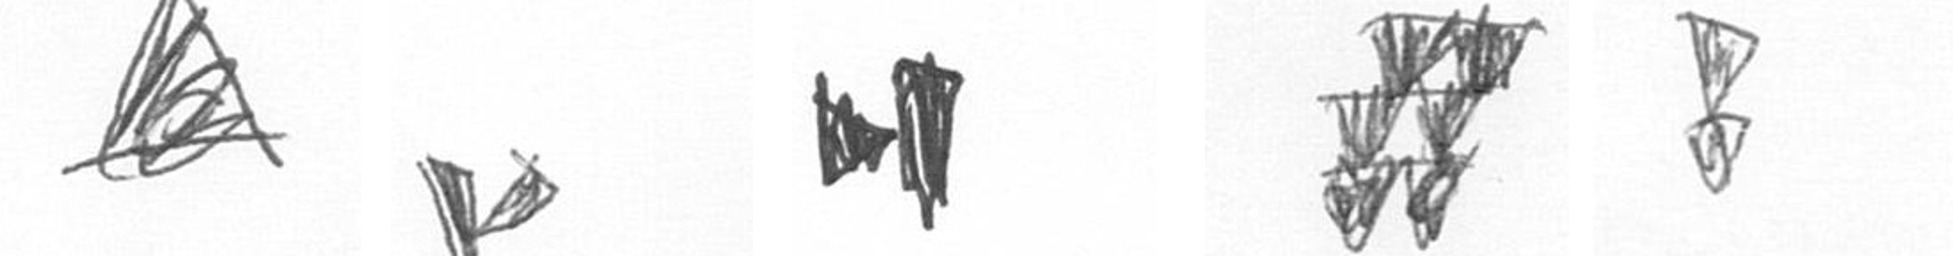
O F M Y Z